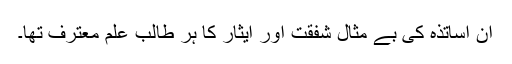
ان اساتذہ کی بے مثال شفقت اور ایثار کا ہر طالب علم معترف تھا۔